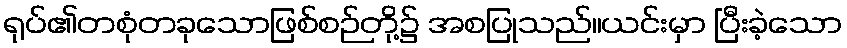
ရုပ်၏တစုံတခုသောဖြစ်စဉ်တို့၌ အစပြုသည်။ယင်းမှာ ပြီးခဲ့သော